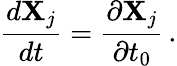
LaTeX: \frac{d{\mathbf X}_{j}}{dt}=\frac{\partial{\mathbf X}_{j}}{\partial t_{0}}\, .